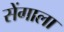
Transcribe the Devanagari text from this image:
सेंगाला